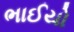
ભાઈયો